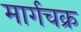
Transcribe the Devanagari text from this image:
मार्गचक्र